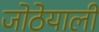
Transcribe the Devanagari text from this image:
जोठेयाली